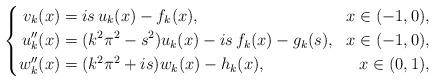
LaTeX: \begin{align*}\left\{\begin{aligned}v_k(x)&=is\, u_k(x)-f_k(x),&x\in (-1,0),\\u_k''(x)&=(k^2\pi^2-s^2)u_k(x)-is\,f_k(x)-g_k(s),&x\in(-1,0),\\w_k''(x)&=(k^2\pi^2+is)w_k(x)-h_k(x),&x\in(0,1),\end{aligned}\right.\end{align*}